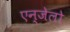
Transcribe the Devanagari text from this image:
एन्जेलो